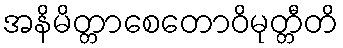
အနိမိတ္တာစေတောဝိမုတ္တီတိ